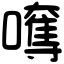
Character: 𡁯